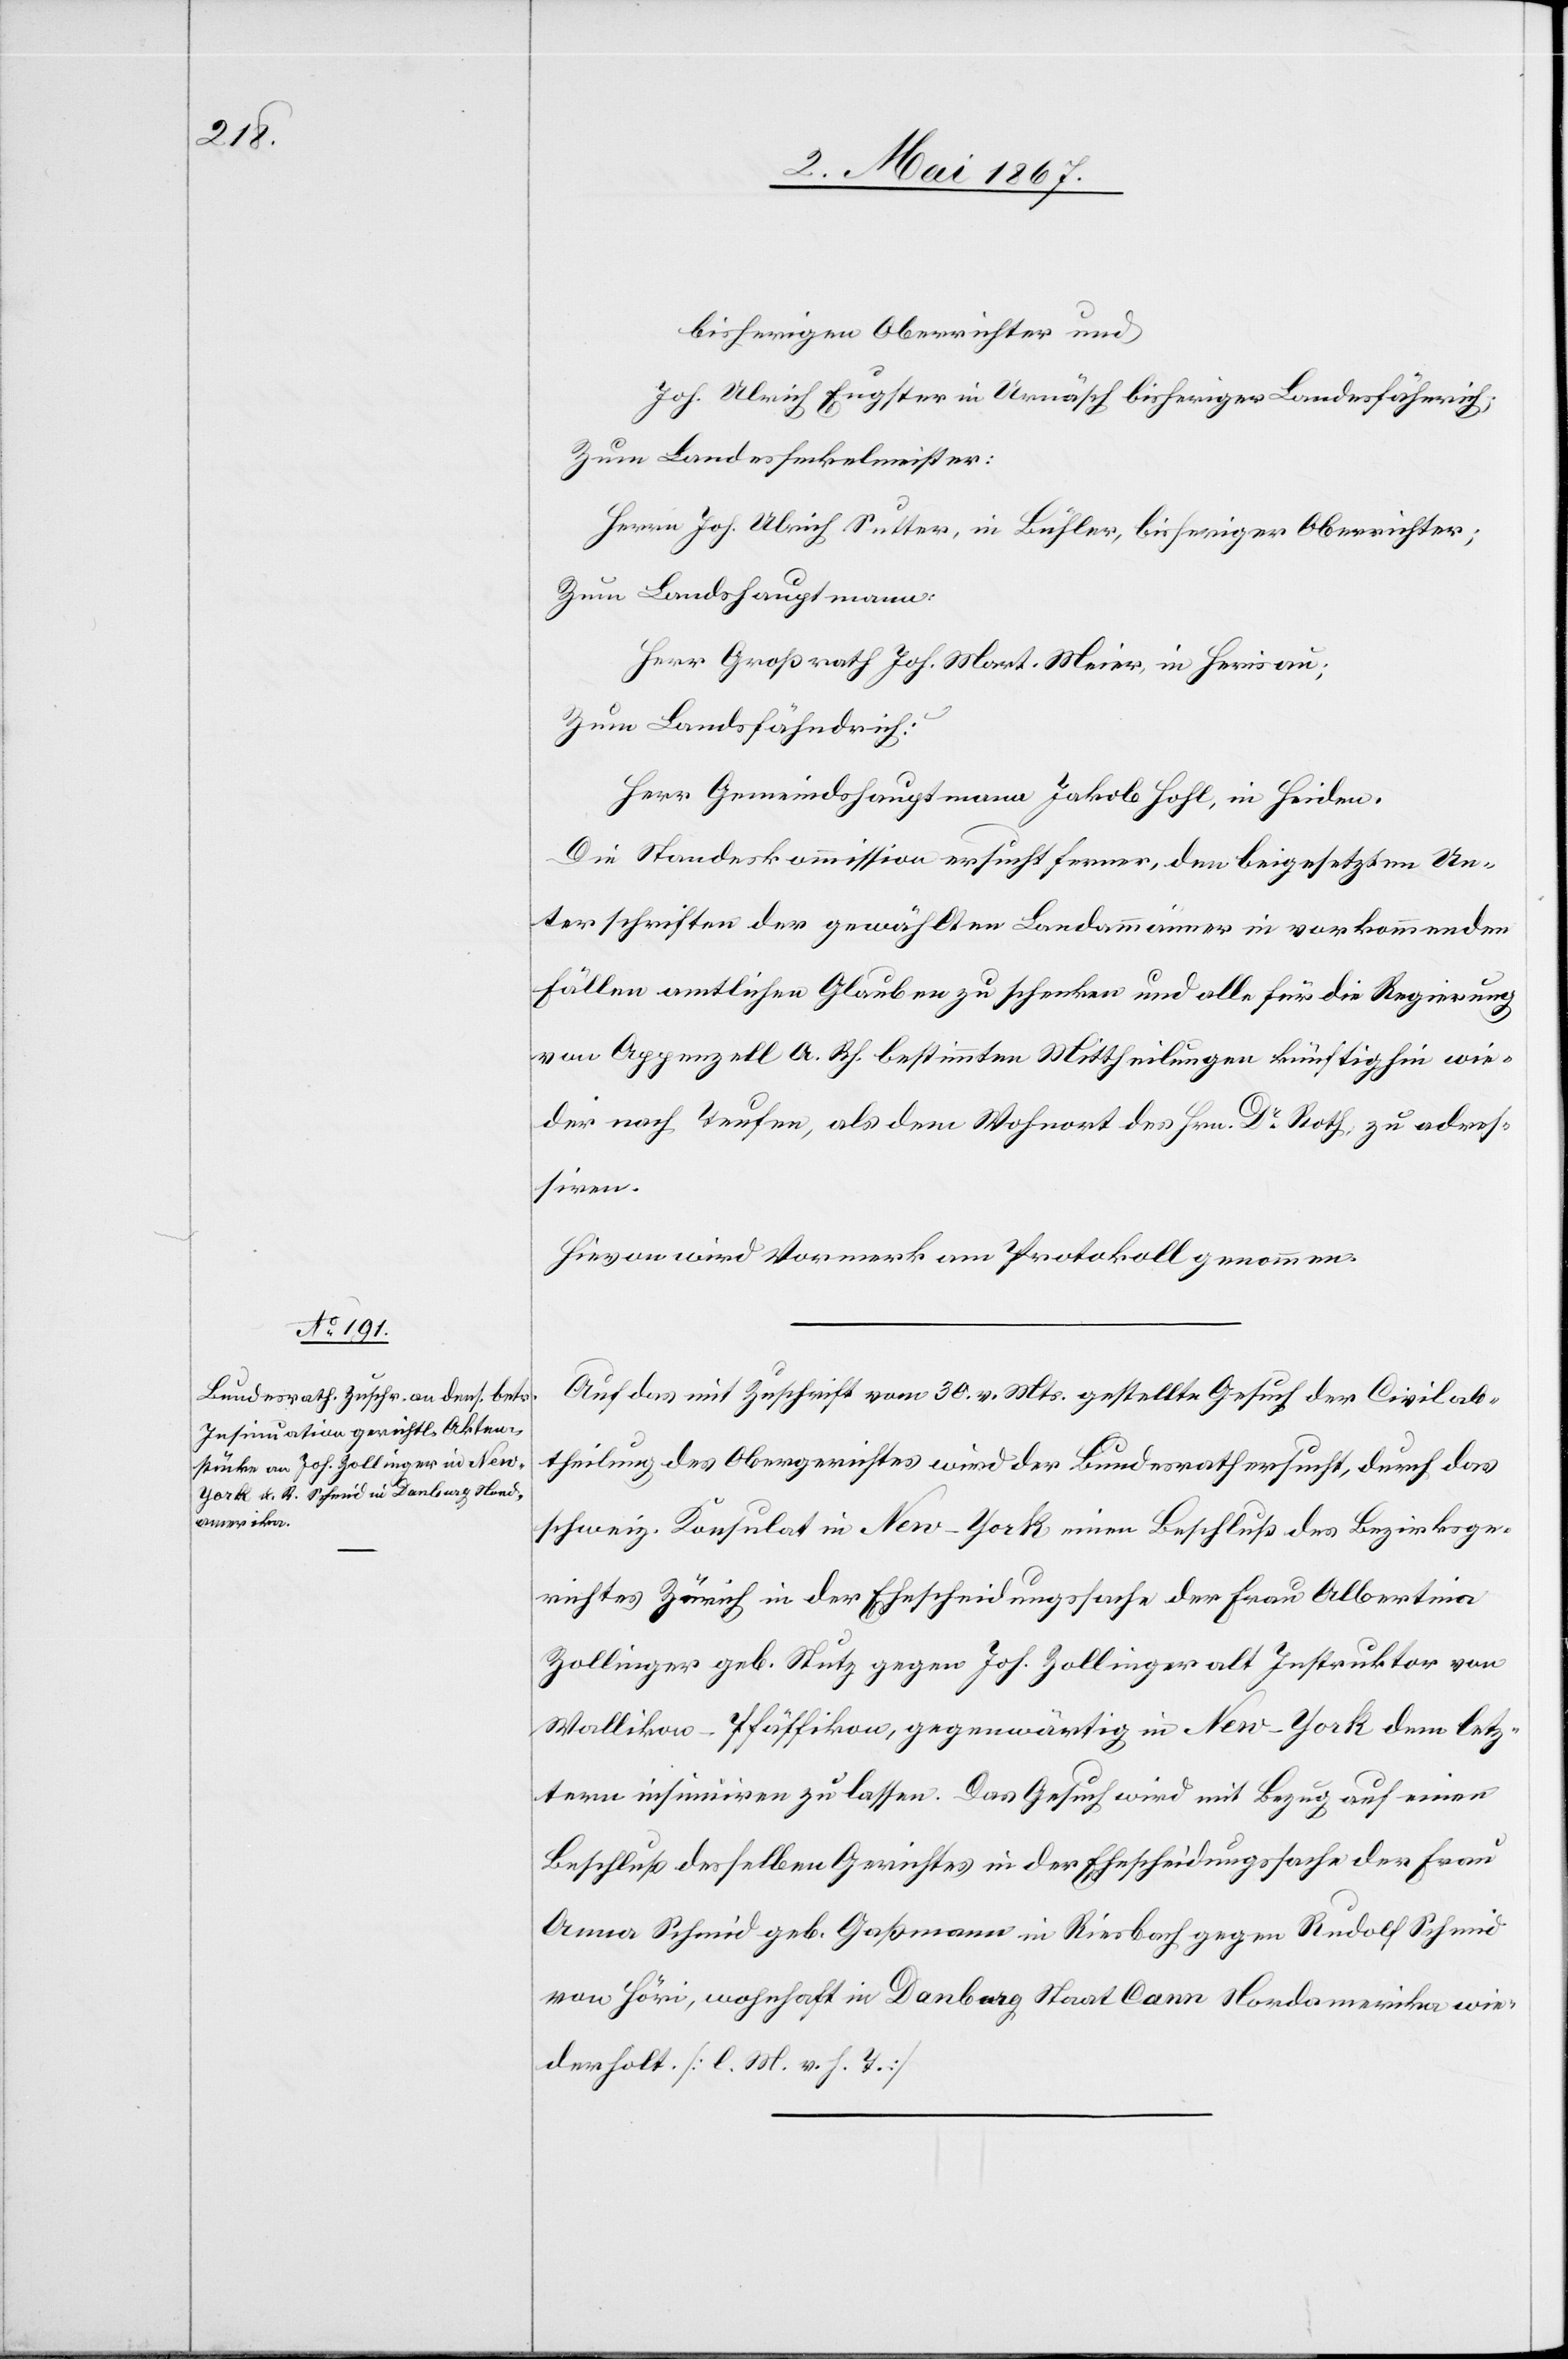
2. Mai 1867.]
bisherigen Oberrichter und
Joh. Ulrich Eugster in Urnäsch bisherigen Landesfähnrich;
Zum Landesseckelmeister:
Herrn Joh. Ulrich Sutter, in Bühler, bisherigen Oberrichter;
Zum Landshauptmann:
Herr Großrath Joh. Mart. Meier, in Herisau;
Zum Landsfähndrich:
Herr Gemeindshauptmann Jakob Hohl, in Heiden.
Die Standeskommission ersucht ferner, den beigesetzten Un¬
terschriften der gewählten Landammänner in vorkommenden
Fällen amtlichen Glauben zu schenken und alle für die Regierung
von Appenzell A. Rh. bestimmten Mittheilungen künftighin wie¬
der nach Teufen, als dem Wohnort des Hrn. Dr. Roth, zu adres¬
siren.
Hievon wird Vormerk am Protokoll genommen.
Auf das mit Zuschrift vom 30. v. Mts. gestellte Gesuch der Civilab¬
theilung des Obergerichtes wird der Bundesrath ersucht, durch das
schweiz. Konsulat in New-York einen Beschluß des Bezirksge¬
richtes Zürich in der Ehescheidungssache der Frau Albertina
Zollinger geb. Stutz gegen Joh. Zollinger alt Instruktor von
Stallikon-Pfäffikon, gegenwärtig in New-York dem letz¬
tern insinuiren zu lassen. Das Gesuch wird mit Bezug auf einen
Beschluß desselben Gerichtes in der Ehescheidungssache der Frau
Anna Schmid geb. Gaßmann in Riesbach gegen Rudolf Schmid
von Höri, wohnhaft in Danberg, Staat Cann Nordamerika wie¬
derholt [l. M. v. h. T.]